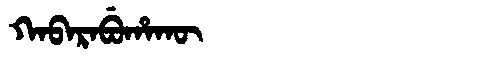
Manchu: ᡴᠠᠪᠠᡵᠠᠪᡠᡥᠠᡴᡡ
Romanization: KABARABUHAKŪ